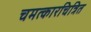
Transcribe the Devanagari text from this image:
चमत्कारचित्रित